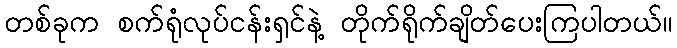
တစ်ခုက စက်ရုံလုပ်ငန်းရှင်နဲ့ တိုက်ရိုက်ချိတ်ပေးကြပါတယ်။